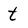
Character: t